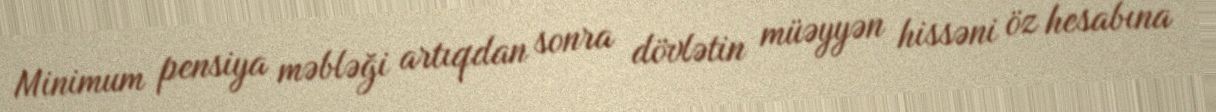
Minimum pensiya məbləği artıqdan sonra dövlətin müəyyən hissəni öz hesabına